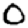
Digit: 0